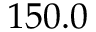
1 5 0 . 0